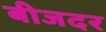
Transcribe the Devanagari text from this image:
बीजदर